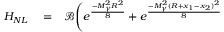
\begin{array} { r l r } { H _ { N L } } & { { } = } & { \mathcal { B } \Bigg ( e ^ { \frac { - M _ { \gamma } ^ { 2 } R ^ { 2 } } { 8 } } + e ^ { \frac { - M _ { \gamma } ^ { 2 } ( R + x _ { 1 } - x _ { 2 } ) ^ { 2 } } { 8 } } } \end{array}